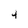
Character: 4